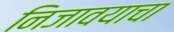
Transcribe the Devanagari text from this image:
निजावयाचा